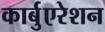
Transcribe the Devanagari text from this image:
कार्बुएरेशन